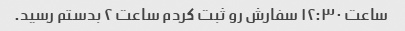
ساعت ۱۲:۳۰ سفارش رو ثبت کردم ساعت ۲ بدستم رسید.